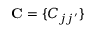
\mathbf { C } = \{ C _ { j j ^ { \prime } } \}